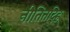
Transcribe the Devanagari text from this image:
नीतितदिह